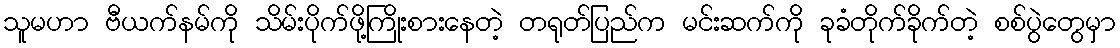
သူမဟာ ဗီယက်နမ်ကို သိမ်းပိုက်ဖို့ကြိုးစားနေတဲ့ တရုတ်ပြည်က မင်းဆက်ကို ခုခံတိုက်ခိုက်တဲ့ စစ်ပွဲတွေမှာ